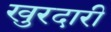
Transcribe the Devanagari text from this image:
खुरदारी